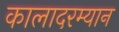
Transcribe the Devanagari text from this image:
कालादरम्यान